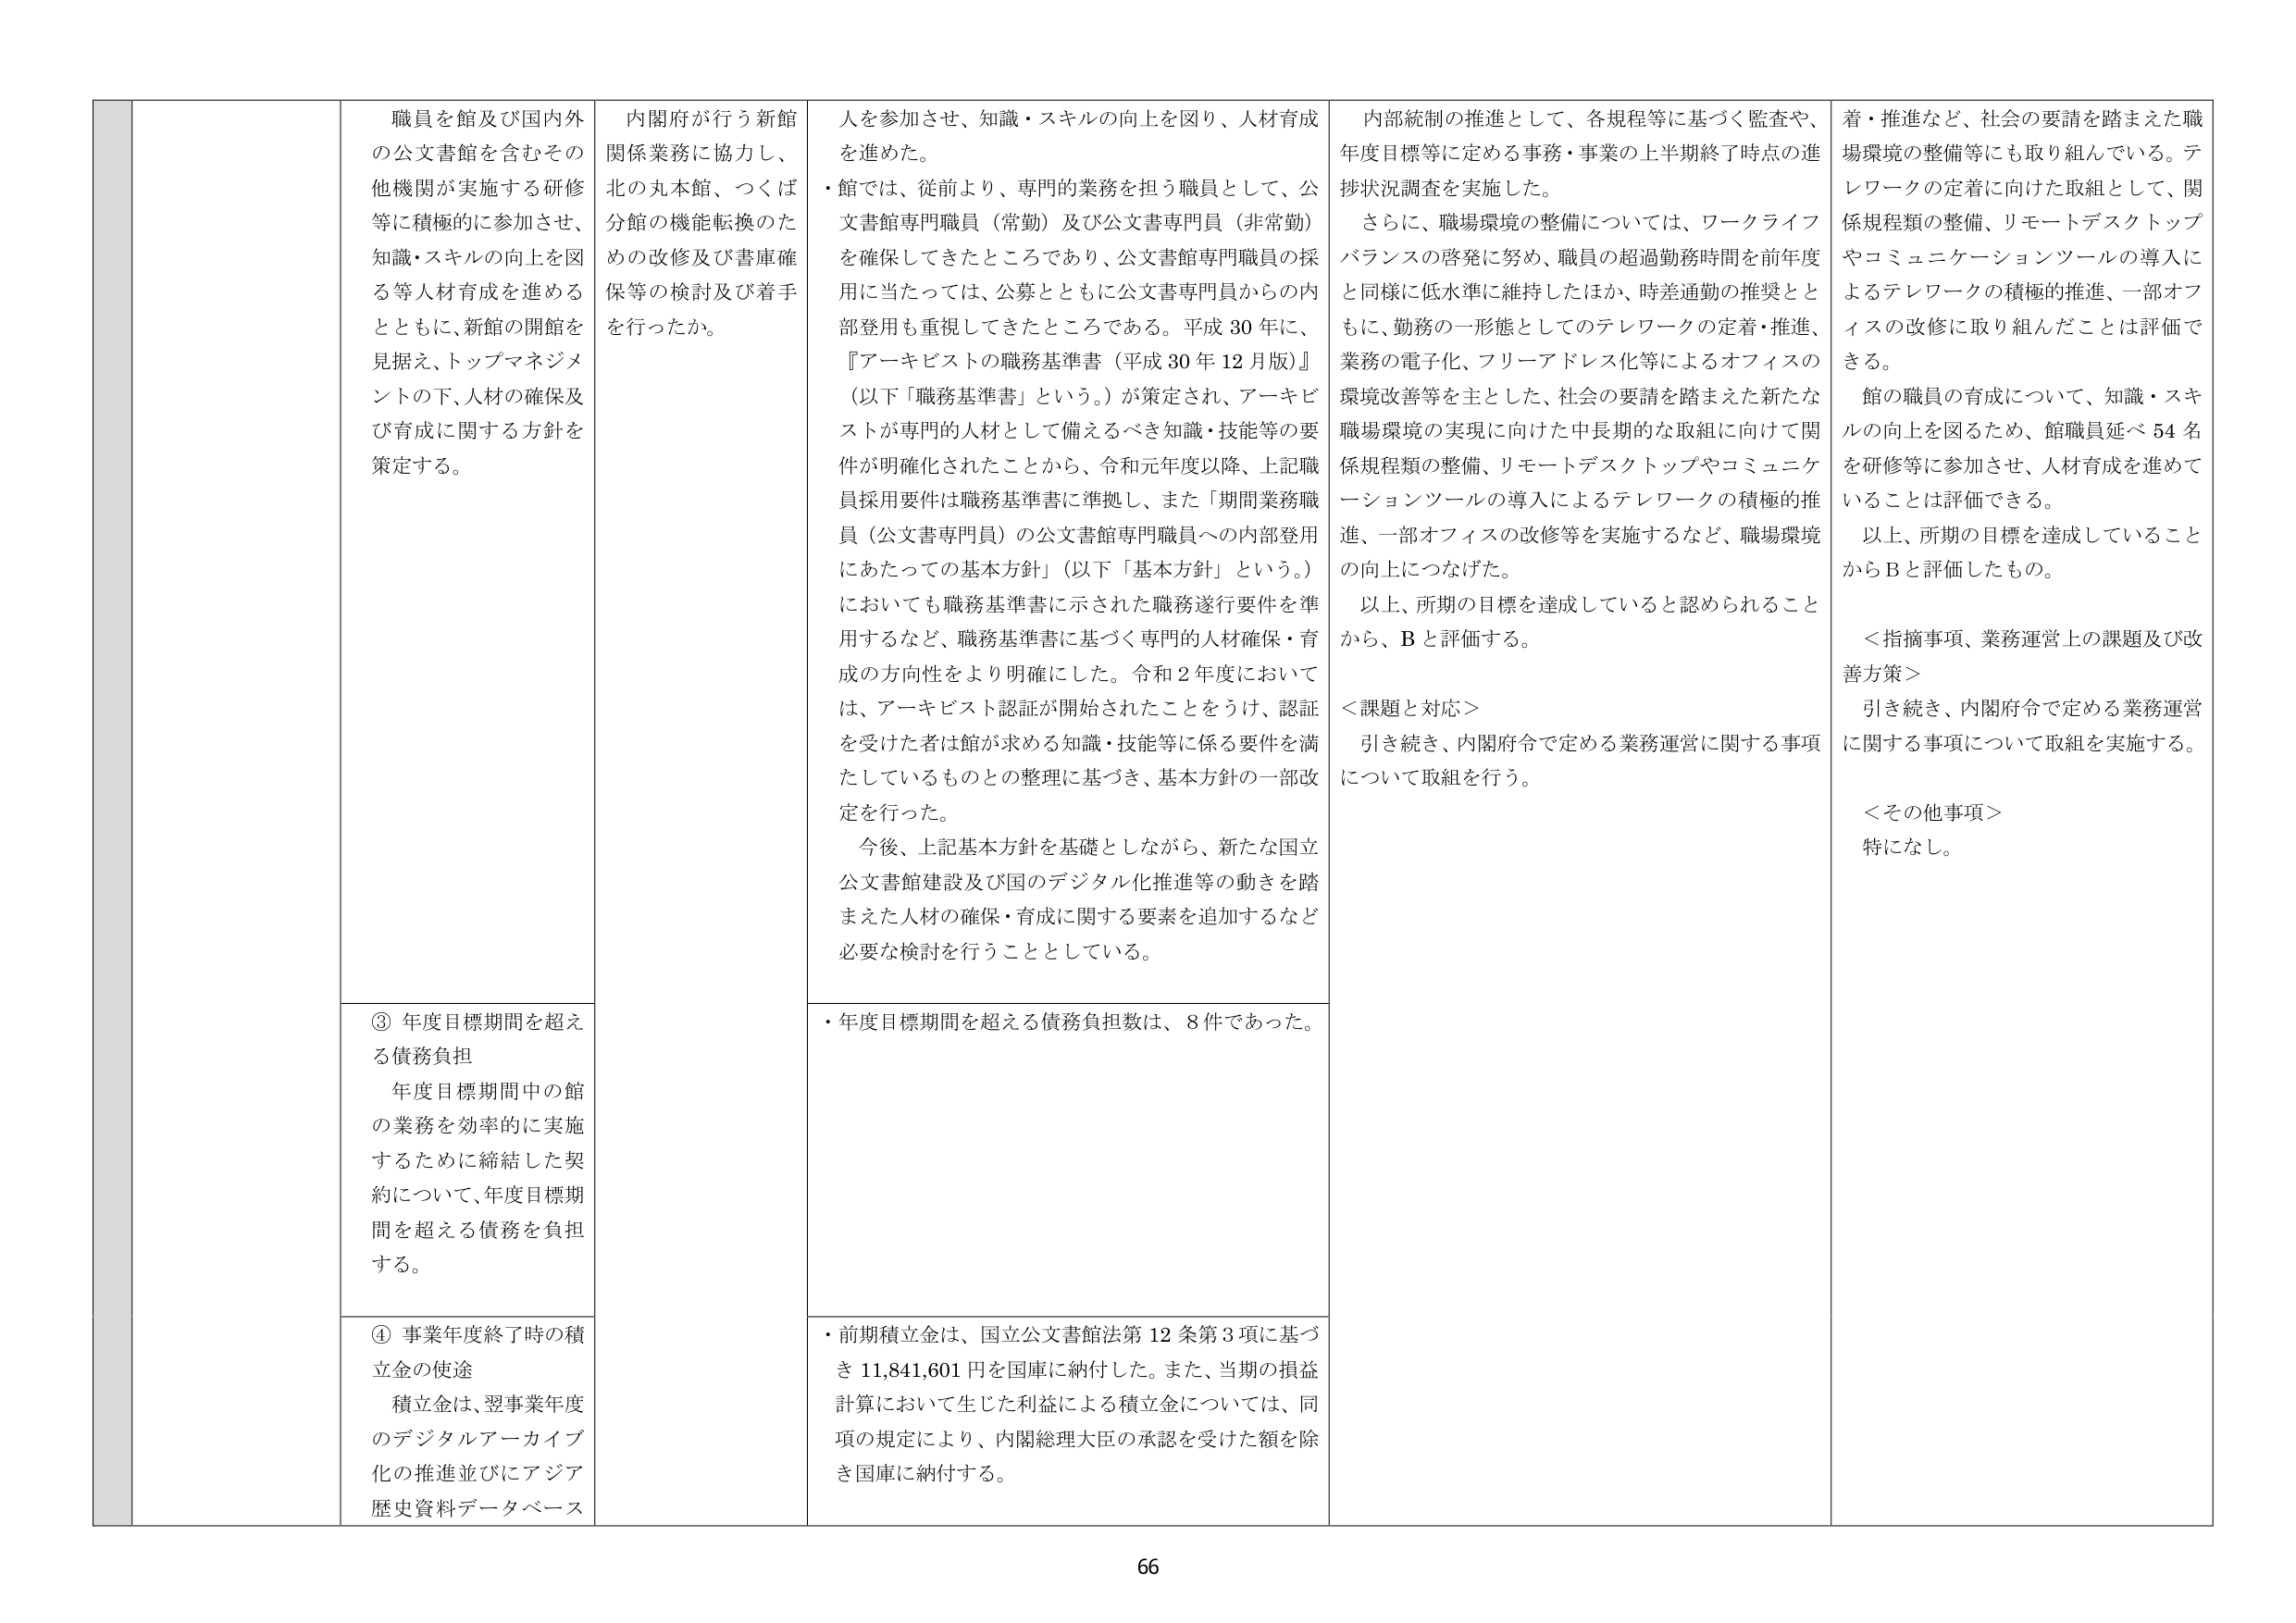
職員を館及び国内外の公文書館を含むその他機関が実施する研修等に積極的に参加させ、知識・スキルの向上を図る等人材育成を進めるとともに、新館の開館を見据え、トップマネジメントの下、人材の確保及び育成に関する方針を策定する。

内閣府が行う新館関係業務に協力し、北の丸本館、つくば分館の機能転換のための改修及び書庫確保等の検討及び着手を行ったか。

人を参加させ、知識・スキルの向上を図り、人材育成を進めた。
・館では、従前より、専門的業務を担う職員として、公文書館専門職員（常勤）及び公文書専門員（非常勤）を確保してきたところであり、公文書館専門職員の採用に当たっては、公募とともに公文書専門員からの内部登用も重視してきたところである。平成30年に、『アーキビストの職務基準書（平成30年12月版）』（以下「職務基準書」という。）が策定され、アーキビストが専門的人材として備えるべき知識・技能等の要件が明確化されたことから、令和元年度以降、上記職員採用要件は職務基準書に準拠し、また「期間業務職員（公文書専門員）の公文書館専門職員への内部登用にあたっての基本方針」（以下「基本方針」という。）においても職務基準書に示された職務遂行要件を準用するなど、職務基準書に基づく専門的人材確保・育成の方向性をより明確にした。令和2年度においては、アーキビスト認証が開始されたことをうけ、認証を受けた者は館が求める知識・技能等に係る要件を満たしているものとの整理に基づき、基本方針の一部改定を行った。
今後、上記基本方針を基礎としながら、新たな国立公文書館建設及び国のデジタル化推進等の動きを踏まえた人材の確保・育成に関する要素を追加するなど必要な検討を行うこととしている。

内部統制の推進として、各規程等に基づく監査や、年度目標等に定める事務・事業の上半期終了時点の進捗状況調査を実施した。
さらに、職場環境の整備については、ワークライフバランスの啓発に努め、職員の超過勤務時間を前年度と同様に低水準に維持したほか、時差通勤の推奨とともに、勤務の一形態としてのテレワークの定着・推進、業務の電子化、フリーアドレス化等によるオフィスの環境改善等を主とした、社会の要請を踏まえた新たな職場環境の実現に向けた中長期的な取組に向けて関係規程類の整備、リモートデスクトップやコミュニケーションツールの導入によるテレワークの積極的推進、一部オフィスの改修等を実施するなど、職場環境の向上につなげた。
以上、所期の目標を達成していると認められることから、Bと評価する。
＜課題と対応＞
引き続き、内閣府令で定める業務運営に関する事項について取組を行う。

着・推進など、社会の要請を踏まえた職場環境の整備等にも取り組んでいる。テレワークの定着に向けた取組として、関係規程類の整備、リモートデスクトップやコミュニケーションツールの導入によるテレワークの積極的推進、一部オフィスの改修に取り組んだことは評価できる。
館の職員の育成について、知識・スキルの向上を図るため、館職員延べ54名を研修等に参加させ、人材育成を進めていることは評価できる。
以上、所期の目標を達成していることからBと評価したもの。
＜指摘事項、業務運営上の課題及び改善方策＞
引き続き、内閣府令で定める業務運営に関する事項について取組を実施する。
＜その他事項＞
特になし。

③ 年度目標期間を超える債務負担
年度目標期間中の館の業務を効率的に実施するために締結した契約について、年度目標期間を超える債務を負担する。

・年度目標期間を超える債務負担数は、8件であった。

④ 事業年度終了時の積立金の使途
積立金は、翌事業年度のデジタルアーカイブ化の推進並びにアジア歴史資料データベース

・前期積立金は、国立公文書館法第12条第3項に基づき11,841,601円を国庫に納付した。また、当期の損益計算において生じた利益による積立金については、同項の規定により、内閣総理大臣の承認を受けた額を除き国庫に納付する。

66